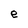
Character: e